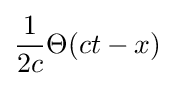
{\frac {1}{2c}}\Theta (ct-x)